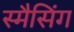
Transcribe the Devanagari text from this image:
स्मैसिंग